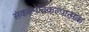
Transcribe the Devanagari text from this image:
संकल्पविकल्पात्मक